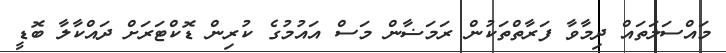
މައްސަލަތައް ދިމާވާ ފަރާތްތަކުން ރަމަޟާން މަސް އައުމުގެ ކުރިން ޑޮކްޓަރަށް ދައްކާލާ ބޮޑީ